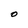
Character: O